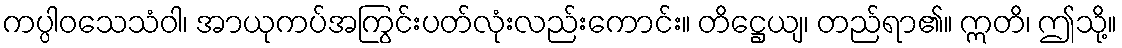
ကပ္ပါဝသေသံဝါ၊ အာယုကပ်အကြွင်းပတ်လုံးလည်းကောင်း။ တိဋ္ဌေယျ၊ တည်ရာ၏။ ဣတိ၊ ဤသို့။